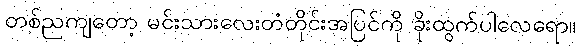
တစ်ညကျတော့ မင်းသားလေးတံတိုင်းအပြင်ကို ခိုးထွက်ပါလေရော။